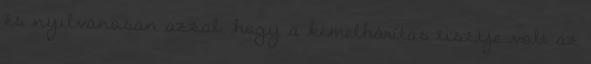
és nyilvánosan azzal, hogy a kémelhárítás tisztje volt az